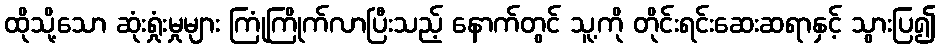
ထိုသို့သော ဆုံးရှုံးမှုများ ကြုံကြိုက်လာပြီးသည့် နောက်တွင် သူ့ကို တိုင်းရင်းဆေးဆရာနှင့် သွားပြ၍